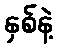
နှစ်နဲ့